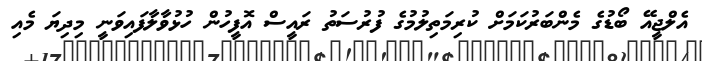
އެލްޖީއޭ ބޯޑުގެ މެންބަރުކަމަށް ކުރިމަތިލުމުގެ ފުރުސަތު ރައީސް އޮފީހުން ހުޅުވާލާފައިވަނީ މިދިޔަ މެއި